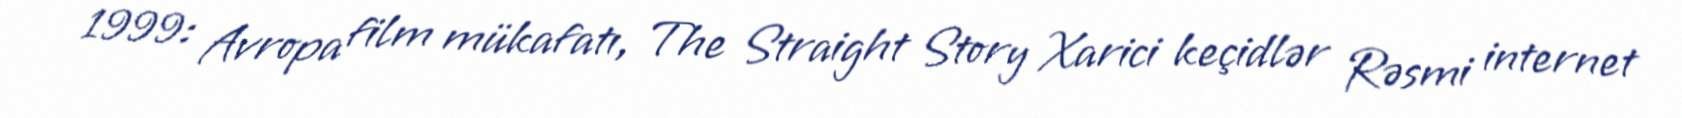
1999: Avropa film mükafatı, The Straight Story Xarici keçidlər Rəsmi internet